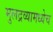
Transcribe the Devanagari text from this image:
मुलद्रव्यामध्येच